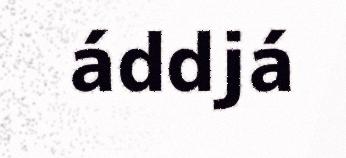
áddjá